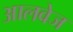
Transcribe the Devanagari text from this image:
आलवेज